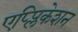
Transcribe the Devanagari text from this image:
एप्प्लिकेशन